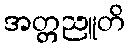
အတ္တညူတိ